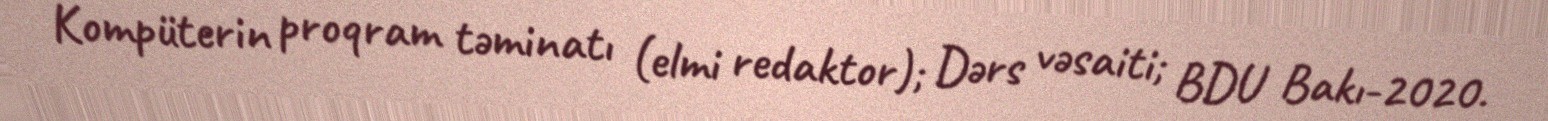
Kompüterin proqram təminatı (elmi redaktor); Dərs vəsaiti; BDU Bakı-2020.